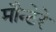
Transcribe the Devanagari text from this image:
मौन्टेरे